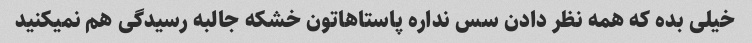
خیلی بده که همه نظر دادن سس نداره پاستاهاتون خشکه جالبه رسیدگی هم نمیکنید